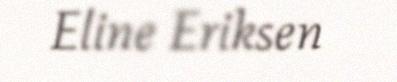
Eline Eriksen